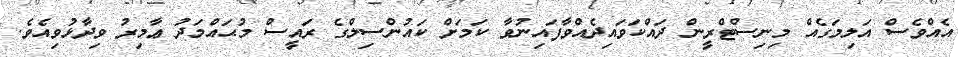
އެއްވެސް އަލިމަގެއް މިނިސްޓްރީން ދައްކަވައިދެއްވާފައިނުވާ ކަމަށް ކައުންސިލްގެ ރައީސް މުޙައްމަދު ޢާމިރު ވިދާޅުވިއެވެ.